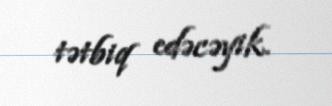
tətbiq edəcəyik.